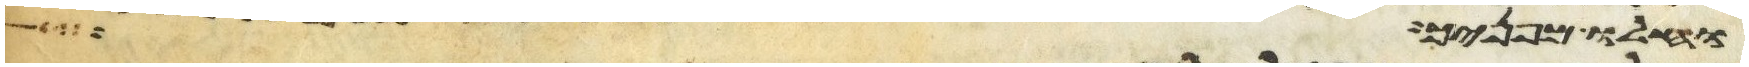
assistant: וחלו מפניך